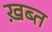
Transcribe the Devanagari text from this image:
ख़ब्त